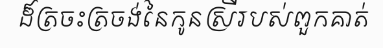
ដ៏ត្រចះត្រចង់នៃកូនស្រីរបស់ពួកគាត់